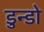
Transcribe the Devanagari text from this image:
डुन्डो